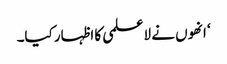
‘ انھوں نے لاعلمی کا اظہار کیا۔